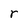
Character: r